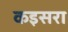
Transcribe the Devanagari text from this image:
कइसरा